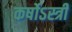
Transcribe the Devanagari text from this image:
कर्षोऽस्त्री